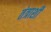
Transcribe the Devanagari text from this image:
तंत्राशी